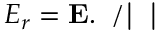
E _ { r } = \bf { E } . \nabla \psi / | \nabla \psi |